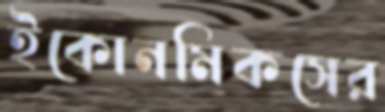
ইকোনমিকসের